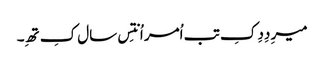
میرِ دِدِ کِ تب اُمر اُنتِس سال کِ تھِ۔